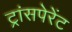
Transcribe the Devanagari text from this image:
ट्रांसपेरेंट